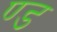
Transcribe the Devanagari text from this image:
ण्ड